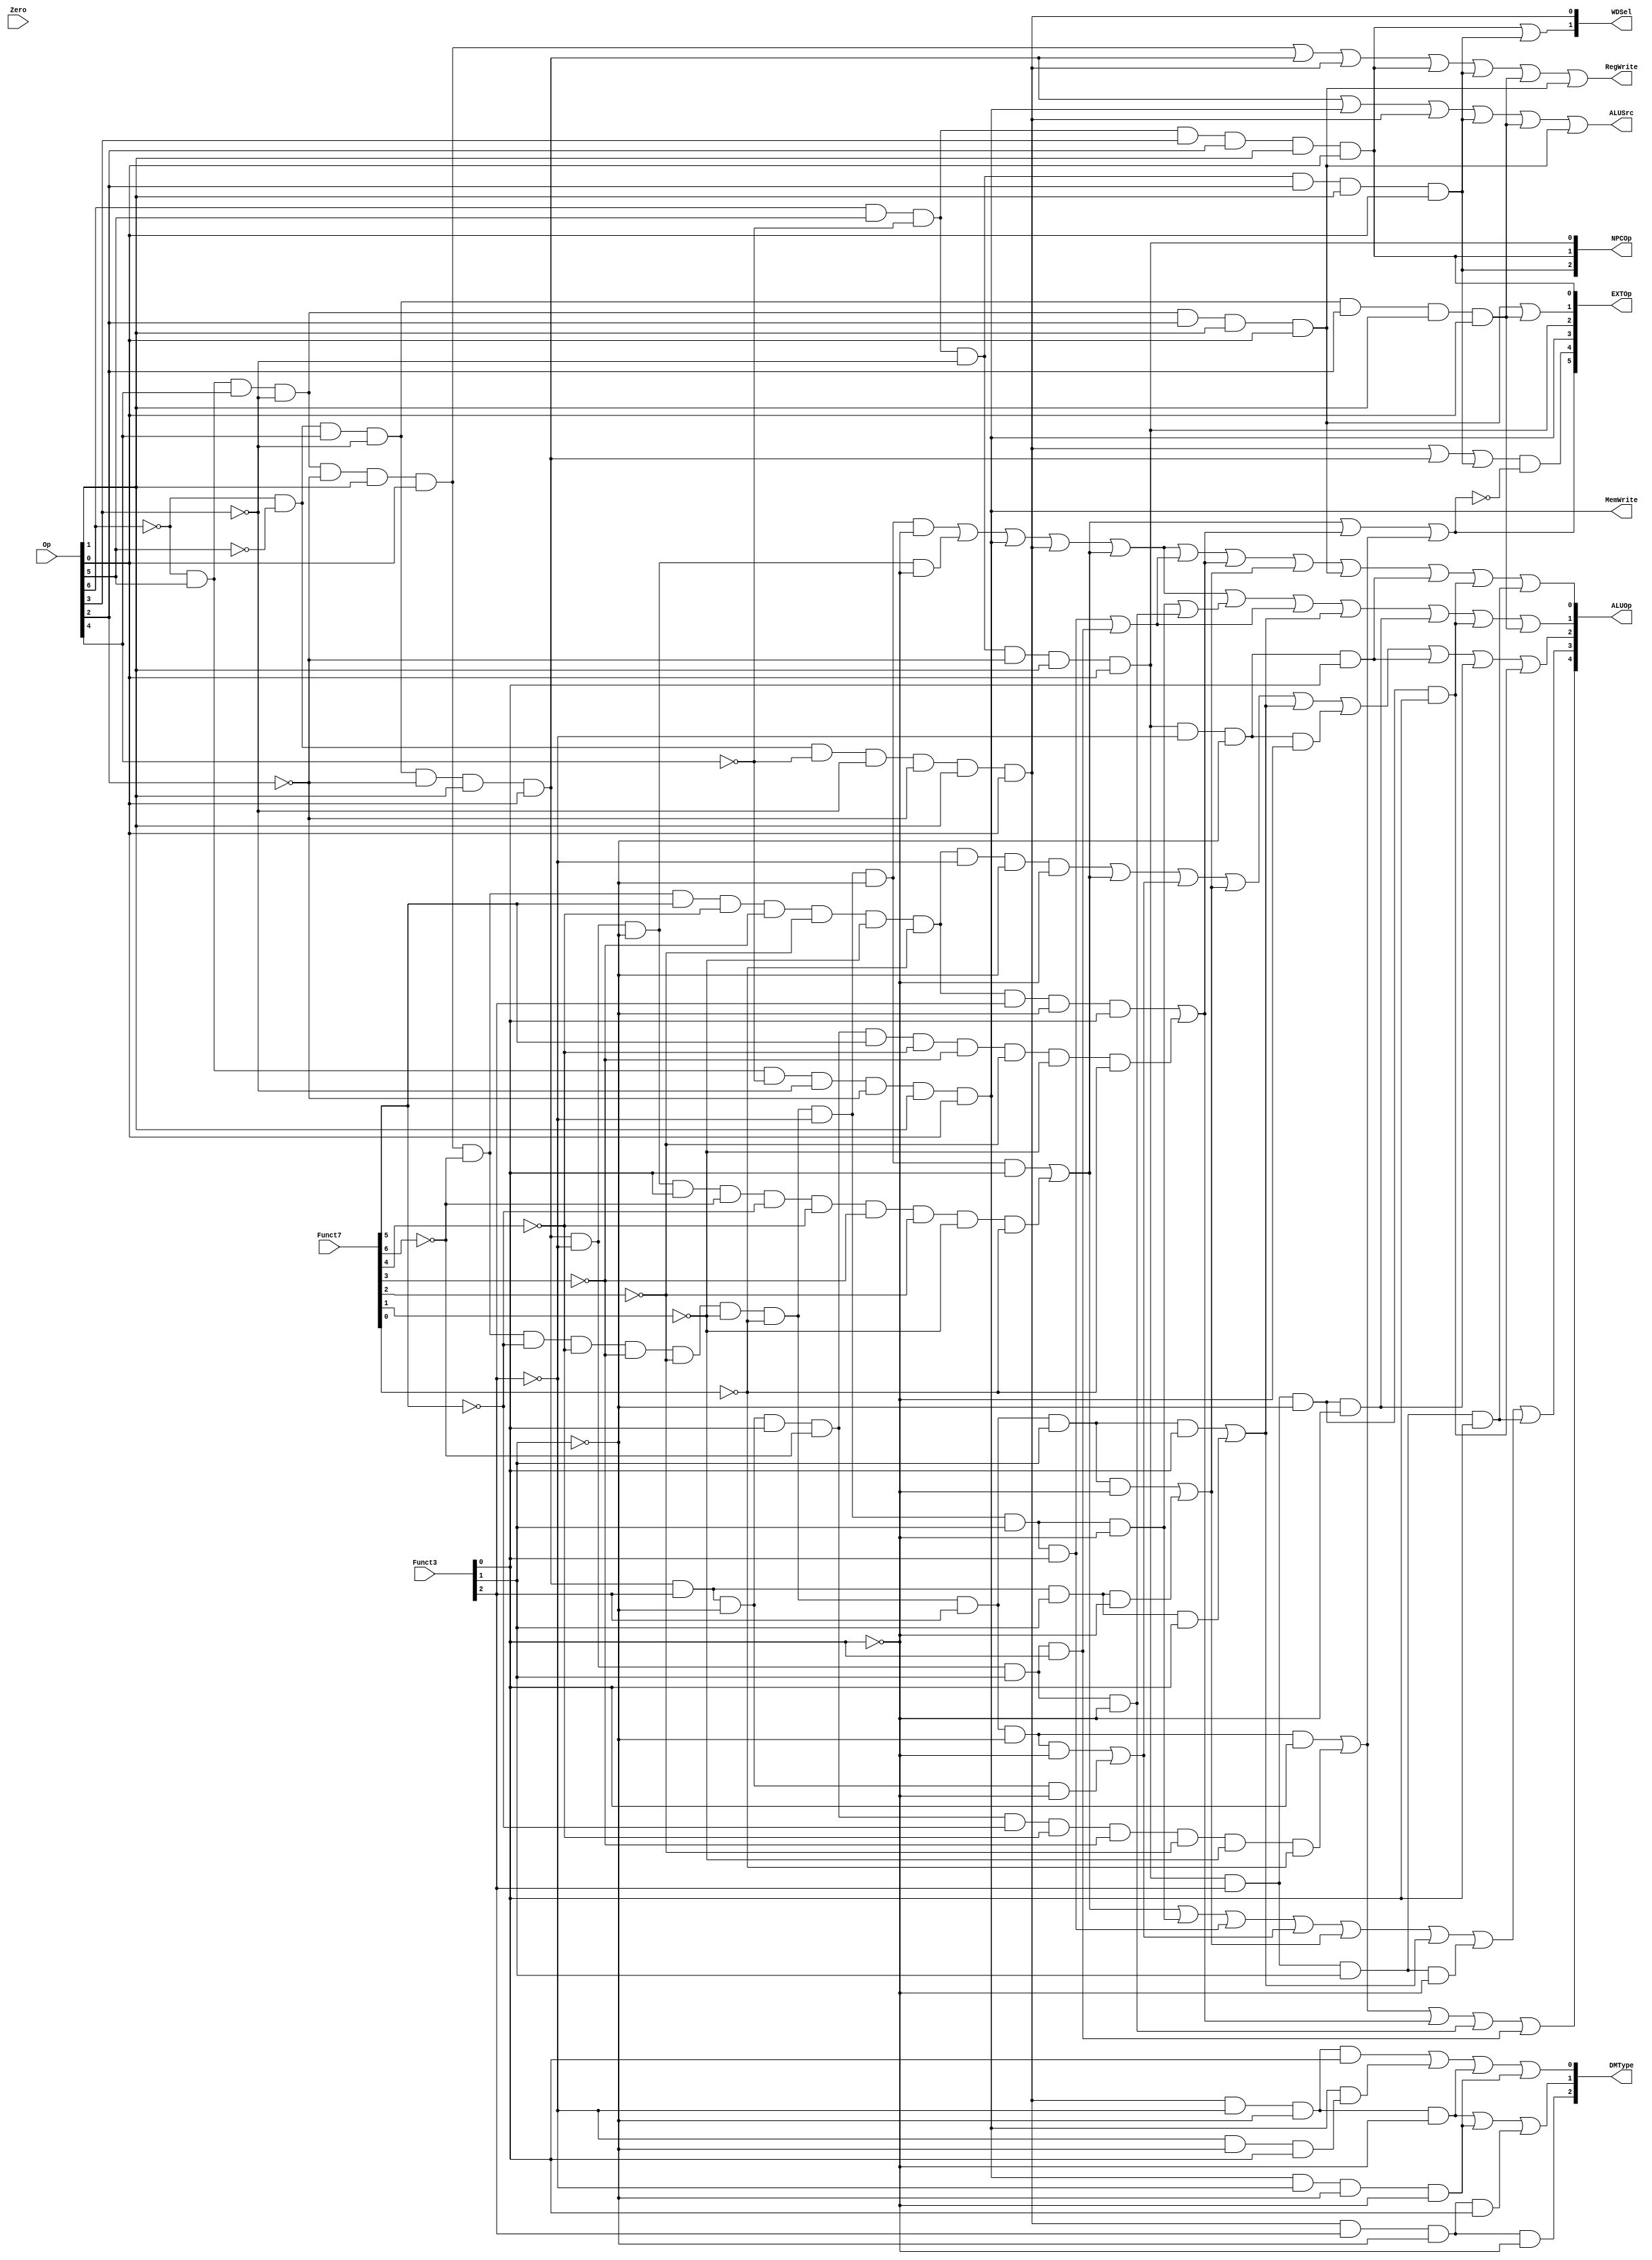
module decode(
    input [6:0] Op,  //opcode
    input [6:0] Funct7,  //funct7 
    input [2:0] Funct3,    // funct3 
    input Zero,
    output RegWrite, // control signal for register write
    output MemWrite, // control signal for memory write
    output	[5:0]EXTOp,    // control signal to signed extension
    output [4:0] ALUOp,    // ALU opertion
    output [2:0] NPCOp,    // next pc operation
    output ALUSrc,   // ALU source for b
    output [2:0] DMType, //dm r/w type
    output [1:0] WDSel    // (register) write data selection  (MemtoReg)
    );
    
 //R-type judgement  add sub sll slt sltu xor srl or and
wire rtype= ~Op[6]&Op[5]&Op[4]&~Op[3]&~Op[2]&Op[1]&Op[0]; //0110011
wire i_add=rtype&~Funct7[6]&~Funct7[5]&~Funct7[4]&~Funct7[3]&~Funct7[2]&~Funct7[1]&~Funct7[0]&~Funct3[2]&~Funct3[1]&~Funct3[0]; // add 0000000 000
wire i_sub=rtype&~Funct7[6]&Funct7[5]&~Funct7[4]&~Funct7[3]&~Funct7[2]&~Funct7[1]&~Funct7[0]&~Funct3[2]&~Funct3[1]&~Funct3[0]; // sub 0100000 000
wire i_sll=rtype&~Funct7[6]&~Funct7[5]&~Funct7[4]&~Funct7[3]&~Funct7[2]&~Funct7[1]&~Funct7[0]&~Funct3[2]&~Funct3[1]&Funct3[0]; // sll 0000000 001
wire i_slt=rtype&~Funct7[6]&~Funct7[5]&~Funct7[4]&~Funct7[3]&~Funct7[2]&~Funct7[1]&~Funct7[0]&~Funct3[2]&Funct3[1]&~Funct3[0]; // slt 0000000 010
wire i_sltu=rtype&~Funct7[6]&~Funct7[5]&~Funct7[4]&~Funct7[3]&~Funct7[2]&~Funct7[1]&~Funct7[0]&~Funct3[2]&Funct3[1]&Funct3[0]; // sltu 0000000 011
wire i_xor=rtype&~Funct7[6]&~Funct7[5]&~Funct7[4]&~Funct7[3]&~Funct7[2]&~Funct7[1]&~Funct7[0]&Funct3[2]&~Funct3[1]&~Funct3[0]; // xor 0000000 100
wire i_srl=rtype&~Funct7[6]&~Funct7[5]&~Funct7[4]&~Funct7[3]&~Funct7[2]&~Funct7[1]&~Funct7[0]&Funct3[2]&~Funct3[1]&Funct3[0]; // srl 0000000 101
wire i_sra=rtype&~Funct7[6]&Funct7[5]&~Funct7[4]&~Funct7[3]&~Funct7[2]&~Funct7[1]&~Funct7[0]&Funct3[2]&~Funct3[1]&Funct3[0]; // srA 0100000 101
wire i_or=rtype&~Funct7[6]&~Funct7[5]&~Funct7[4]&~Funct7[3]&~Funct7[2]&~Funct7[1]&~Funct7[0]&Funct3[2]&Funct3[1]&~Funct3[0]; // srA 0000000 110
wire i_and=rtype&~Funct7[6]&~Funct7[5]&~Funct7[4]&~Funct7[3]&~Funct7[2]&~Funct7[1]&~Funct7[0]&Funct3[2]&Funct3[1]&Funct3[0]; // srA 0000000 111

//I-type judgement  lb,lh,lw
wire itype_l  = ~Op[6]&~Op[5]&~Op[4]&~Op[3]&~Op[2]&Op[1]&Op[0]; //0000011
wire i_lb=itype_l&~Funct3[2]& ~Funct3[1]& ~Funct3[0]; //lb 000
wire i_lh=itype_l&~Funct3[2]& ~Funct3[1]& Funct3[0];  //lh 001
wire i_lw=itype_l&~Funct3[2]& Funct3[1]& ~Funct3[0];  //lw 010
wire i_lbu = itype_l&Funct3[2]& ~Funct3[1]& ~Funct3[0];//lbu 100
wire i_lhu = itype_l&Funct3[2]& ~Funct3[1]& Funct3[0];//lhu 101

//addi judgement
wire itype_r  = ~Op[6]&~Op[5]&Op[4]&~Op[3]&~Op[2]&Op[1]&Op[0]; //0010011
wire i_addi  =  itype_r& ~Funct3[2]& ~Funct3[1]& ~Funct3[0]; // addi 000 func3
wire i_slti  =  itype_r& ~Funct3[2]& Funct3[1]& ~Funct3[0]; //slti 010
wire i_sltiu  =  itype_r& ~Funct3[2]& Funct3[1]& Funct3[0]; //sltiu 011
wire i_xori  =  itype_r& Funct3[2]& ~Funct3[1]& ~Funct3[0]; //xori 100
wire i_ori  =  itype_r& Funct3[2]& Funct3[1]& ~Funct3[0];   //ori 110
wire i_andi  =  itype_r& Funct3[2]& Funct3[1]& Funct3[0];   //andi 111
wire i_slli = itype_r& ~Funct3[2]& ~Funct3[1]& Funct3[0] & ~Funct7[6]&~Funct7[5]&~Funct7[4]&~Funct7[3]&~Funct7[2]&~Funct7[1]&~Funct7[0];  //slli 001 0000000 
wire i_srli = itype_r& Funct3[2]& ~Funct3[1]& Funct3[0] & ~Funct7[6]&~Funct7[5]&~Funct7[4]&~Funct7[3]&~Funct7[2]&~Funct7[1]&~Funct7[0];  //srli 101 0000000
wire i_srai = itype_r& Funct3[2]& ~Funct3[1]& Funct3[0] & ~Funct7[6]&Funct7[5]&~Funct7[4]&~Funct7[3]&~Funct7[2]&~Funct7[1]&~Funct7[0];  //srai 101 0100000

//S-format judgement   sw,sb,sh
wire stype=~Op[6]&Op[5]&~Op[4]&~Op[3]&~Op[2]&Op[1]&Op[0];//0100011
wire i_sw=~Funct3[2]&Funct3[1]&~Funct3[0];//010
wire i_sb=stype& ~Funct3[2]& ~Funct3[1]&~Funct3[0];
wire i_sh=stype&& ~Funct3[2]&~Funct3[1]&Funct3[0];

//SB-format judgement  beq,bne,blt,bge
wire sbtype = Op[6]&Op[5]&~Op[4]&~Op[3]&~Op[2]&Op[1]&Op[0]; //1100011
assign i_beq = sbtype&~Funct3[2]& ~Funct3[1]& ~Funct3[0]; //beq 000
assign i_bne = sbtype&~Funct3[2]& ~Funct3[1]& Funct3[0];  //bne 001
assign i_blt = sbtype&Funct3[2]& ~Funct3[1]& ~Funct3[0];  //blt 100
assign i_bge = sbtype&Funct3[2]& ~Funct3[1]& Funct3[0];   //bge 101
assign i_bltu = sbtype&Funct3[2]& Funct3[1]& ~Funct3[0]; //bltu 110
assign i_bgeu = sbtype&Funct3[2]& Funct3[1]& Funct3[0]; //bgeu 111

//jal
assign i_jal = Op[6]&Op[5]&~Op[4]&Op[3]&Op[2]&Op[1]&Op[0];  //1101111

//jalr
assign i_jalr = Op[6]&Op[5]&~Op[4]&~Op[3]&Op[2]&Op[1]&Op[0]; //1100111

//lui
assign i_lui = ~Op[6]&Op[5]&Op[4]&~Op[3]&Op[2]&Op[1]&Op[0];//0110111 

//auipc
assign i_auipc = ~Op[6]&~Op[5]&Op[4]&~Op[3]&Op[2]&Op[1]&Op[0];//0010111

//registerWrite, memwrite,alusrc,MemeryToregister信号生成
assign RegWrite   = rtype | itype_r|itype_l | i_jal | i_jalr | i_auipc | i_lui; // register write
assign MemWrite   = stype;              // memory write
assign ALUSrc     = itype_r | stype | itype_l | i_jalr | i_auipc | i_lui; // ALU B is from instruction immediate
//mem2reg=wdsel ,WDSel_FromALU 2'b00  WDSel_FromMEM 2'b01
assign WDSel[0] = itype_l;   
assign WDSel[1] = i_jal | i_jalr;

//rtype和itype部分融合
wire add = i_add | i_addi;
wire slt = i_slt | i_slti;
wire sltu = i_sltu | i_sltiu;
wire _xor = i_xor | i_xori;
wire _or = i_or | i_ori;
wire _and = i_and | i_andi;
wire sll = i_sll | i_slli;
wire srl = i_srl | i_srli;
wire sra = i_sra | i_srai;

//ALUOp信号生成
assign ALUOp[0]= add |stype| itype_l | sll | sltu | sra | _or | i_lui | i_bne | i_bge | i_bgeu;
assign ALUOp[1]= add |stype| itype_l | sll | slt | sltu | _and | i_blt | i_bge | i_auipc;
assign ALUOp[2]= i_sub | sll | _xor | _or | _and | i_beq | i_bne | i_blt | i_bge;
assign ALUOp[3]= sll | i_slt | i_sltu | _xor | _or | _and | i_bltu | i_bgeu;
assign ALUOp[4]= srl | sra | i_slti | i_sltiu;

//符号扩展操作信号生成
assign EXTOp[0] =  i_jal; 
assign EXTOp[1] =  i_lui | i_auipc;
assign EXTOp[2] =  sbtype; 
assign EXTOp[3] =  stype;
assign EXTOp[4] =  (itype_l | itype_r | i_jalr) & (~EXTOp[5]);
assign EXTOp[5] =  sll | sra | srl; 

//dm行为操作信号生成
assign DMType[2]=i_lbu;
assign DMType[1]=i_lb | i_sb | i_lhu;
assign DMType[0]=i_lh | i_sh | i_lb | i_sb;

assign NPCOp[2] = i_jalr;
assign NPCOp[1] = i_jal;
assign NPCOp[0] = sbtype;

endmodule